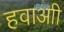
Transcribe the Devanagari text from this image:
हवाआी